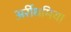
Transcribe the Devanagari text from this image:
अर्रीथमिया